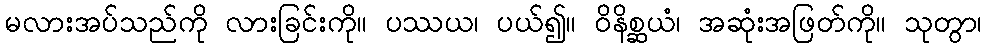
မလားအပ်သည်ကို လားခြင်းကို။ ပဿယ၊ ပယ်၍။ ဝိနိစ္ဆယံ၊ အဆုံးအဖြတ်ကို။ သုတွာ၊